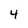
Character: 4